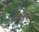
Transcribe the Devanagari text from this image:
फ्रेंकॉएस